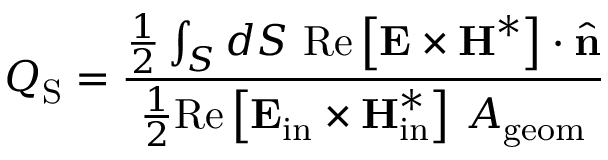
Q _ { \mathrm { S } } = \frac { \frac { 1 } { 2 } \int _ { S } d S ~ \mathrm { R e } \left[ \boldsymbol { \mathbf { E } } \times \boldsymbol { \mathbf { H } } ^ { * } \right] \cdot \hat { \mathbf { n } } } { \frac { 1 } { 2 } \mathrm { R e } \left[ \boldsymbol { \mathbf { E } } _ { \mathrm { i n } } \times \boldsymbol { \mathbf { H } } _ { \mathrm { i n } } ^ { * } \right] \, A _ { \mathrm { g e o m } } }